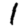
Digit: 1